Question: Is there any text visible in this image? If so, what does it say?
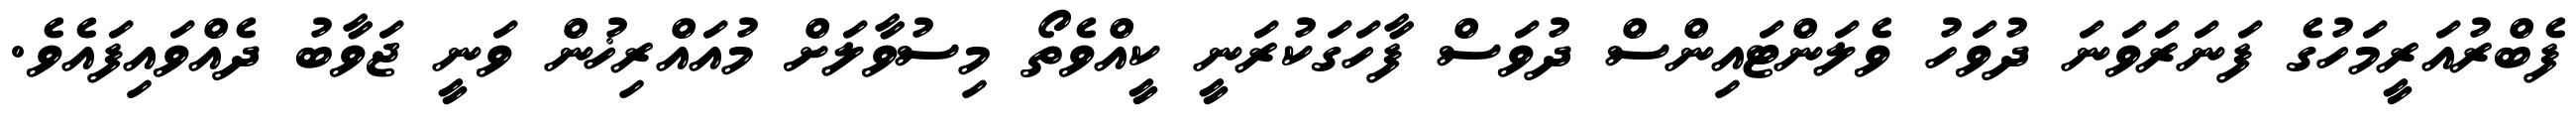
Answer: ފެބްރުއަރީމަހުގެ ފަނަރަވަނަ ދުވަހު ވެލަންޓައިންސް ދުވަސް ފާހަގަކުރަނީ ކީއްވެތޯ މިސުވާލަށް މުއައްރިޚުން ވަނީ ޖަވާބު ދެއްވައިފައެވެ.